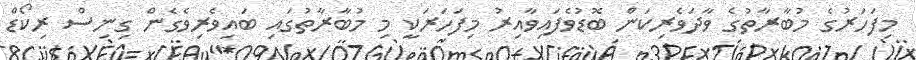
މިފަހަރުގެ މުބާރާތުގެ ވާދަވެރިކަން ބޮޑުވެފައިވާއިރު މިފަހަރަކީ މި މުބާރާތުގައި ބައިވެރިވެގެން ގިނިސް ރިކޯޑް